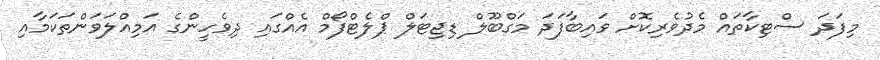
މިފަދަ ސްޓިކާތައް މެދުވެރިކޮށް ވައިބާފަދަ މަގްބޫލް ޑިޖިޓަލް ޕްލެޓްފޯމް އެއްގައި ދިވެހީންގެ އަމިއްލަވަންތަކަމާއި